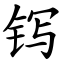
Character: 䥾